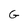
Character: G